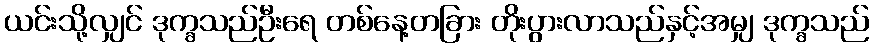
ယင်းသို့လျှင် ဒုက္ခသည်ဦးရေ တစ်နေ့တခြား တိုးပွားလာသည်နှင့်အမျှ ဒုက္ခသည်